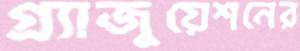
গ্র্যাজুয়েশনের